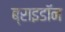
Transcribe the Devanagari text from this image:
ब्राइडॉन